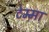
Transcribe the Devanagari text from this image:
टेम्मा